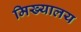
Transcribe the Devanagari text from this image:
मिख्यालय